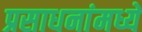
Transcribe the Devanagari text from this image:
प्रसाधनांमध्ये